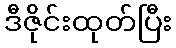
ဒီဇိုင်းထုတ်ပြီး